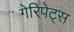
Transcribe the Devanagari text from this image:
गेरिपेट्स